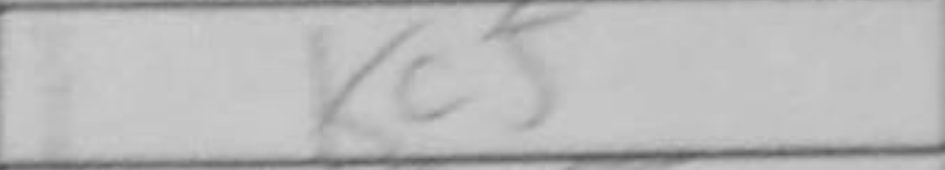
Transcription: Kc5